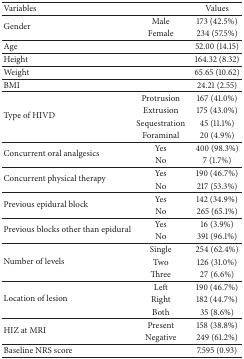
| Variables |  | Values |
 | --- | --- | --- |
 | <ROWSPAN=2> Gender | Male | 173 (42.5%) |
 | Female | 234 (57.5%) |
 | Age |  | 52.00 (14.15) |
 | Height |  | 164.32 (8.32) |
 | Weight |  | 65.65 (10.62) |
 | BMI |  | 24.21 (2.55) |
 | <ROWSPAN=4> Type of HIVD | Protrusion | 167 (41.0%) |
 | Extrusion | 175 (43.0%) |
 | Sequestration | 45 (11.1%) |
 | Foraminal | 20 (4.9%) |
 | <ROWSPAN=2> Concurrent oral analgesics | Yes | 400 (98.3%) |
 | No | 7 (1.7%) |
 | <ROWSPAN=2> Concurrent physical therapy | Yes | 190 (46.7%) |
 | No | 217 (53.3%) |
 | <ROWSPAN=2> Previous epidural block | Yes | 142 (34.9%) |
 | No | 265 (65.1%) |
 | <ROWSPAN=2> Previous blocks other than epidural | Yes | 16 (3.9%) |
 | No | 391 (96.1%) |
 | <ROWSPAN=3> Number of levels | Single | 254 (62.4%) |
 | Two | 126 (31.0%) |
 | Three | 27 (6.6%) |
 | <ROWSPAN=3> Location of lesion | Left | 190 (46.7%) |
 | Right | 182 (44.7%) |
 | Both | 35 (8.6%) |
 | <ROWSPAN=2> HIZ at MRI | Present | 158 (38.8%) |
 | Negative | 249 (61.2%) |
 | Baseline NRS score |  | 7.595 (0.93) |